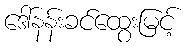
ဒေါ်နန်းခင်ထွေးမြင့်